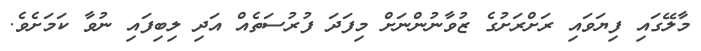
މާލޭގައި ފިޔަވައި ރަށްރަށުގެ ޒުވާނުންނަށް މިފަދަ ފުރުސަތެއް އަދި ލިބިފައި ނުވާ ކަމަށެވެ.